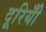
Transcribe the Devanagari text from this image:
दूरियोँ